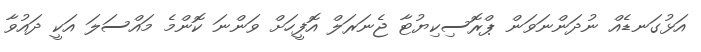
އަޅުގަނޑެއް ނުދަންނަވަން ޕްރޮސިކިޔުޓާ ޖެނަރަލް އޮފީހަށް ވަންނަ ކޮންމެ މައްސަލަ އަކީ ދައުވާ